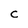
Character: C